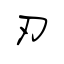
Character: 刃